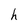
Character: h